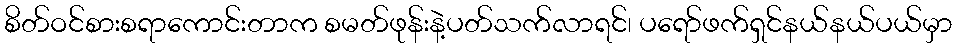
စိတ်ဝင်စားစရာကောင်းတာက စမတ်ဖုန်းနဲ့ပတ်သက်လာရင်၊ ပရော်ဖက်ရှင်နယ်နယ်ပယ်မှာ